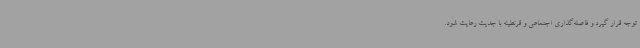
توجه قرار گیرد و فاصله‌گذاری اجتماعی و قرنطینه با جدیت رعایت شود.